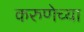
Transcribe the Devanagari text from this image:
करुणेच्या